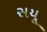
સયૂ